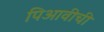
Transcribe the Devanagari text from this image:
पिआवीची